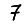
Digit: 7